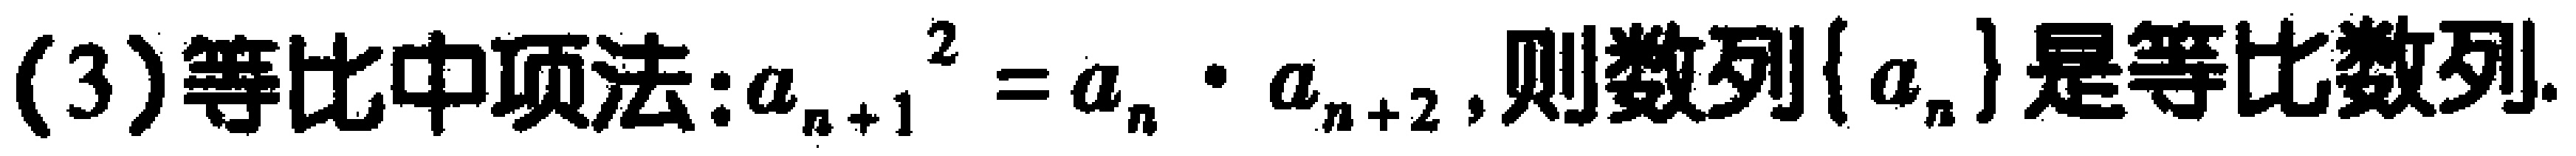
(3)等比中项法:$a_{n + 1}^{2} = a_{n} \cdot a_{n + 2}$,则数列$\{ a_{n}\}$是等比数列.